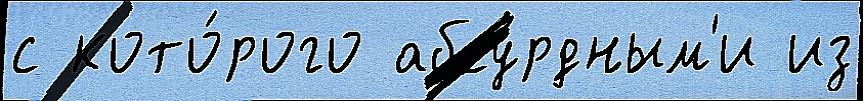
с кото́рого абсу́рдным'и из